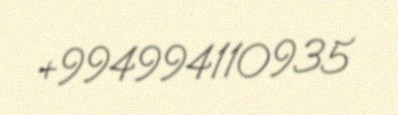
+994994110935